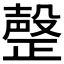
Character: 𣫆